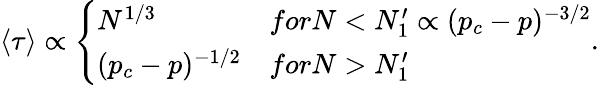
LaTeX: \left\langle\tau\right\rangle\propto\left\{ \begin{array}{ll}{N^{1/3}}&{forN<N_{1}^{\prime}\propto(p_{c}-p)^{-3/2}}\\ {(p_{c}-p)^{-1/2}}&{forN>N_{1}^{\prime}}\end{array}\right..